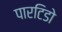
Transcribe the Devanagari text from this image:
पारटिडो